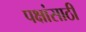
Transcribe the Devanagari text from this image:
पक्षांसाठी